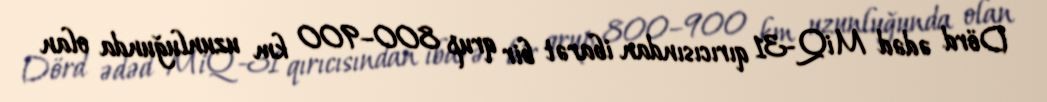
Dörd ədəd MiQ-31 qırıcısından ibarət bir qrup 800–900 km uzunluğunda olan